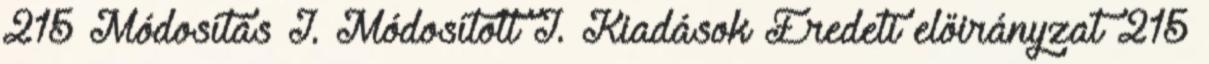
215 Módosítás I. Módosított I. Kiadások Eredeti előirányzat 215